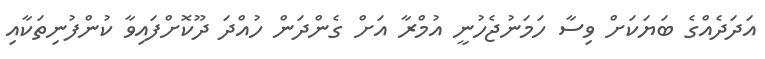
އަދަދެއްގެ ބަޔަކަށް ވިސާ ހަމަނުޖެހުނީ އުމްރާ އަށް ގެންދަން ހުއްދަ ދޫކޮށްފައިވާ ކުންފުނިތަކާއި